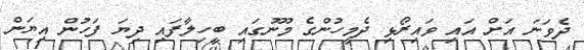
ދެވަނަ އަށް އައި ވައިރޯޅި ދެމީހުންގެ މޫނުގައި ބީހިލާފައި ދިޔަ ފަހުން އިޔަން